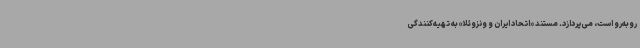
روبه‌رو است، می‌پردازد. مستند «اتحاد ایران و ونزوئلا» به تهیه‌کنندگی